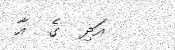
އަދި  ގެ  އާ